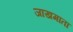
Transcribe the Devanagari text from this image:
जाखमाता